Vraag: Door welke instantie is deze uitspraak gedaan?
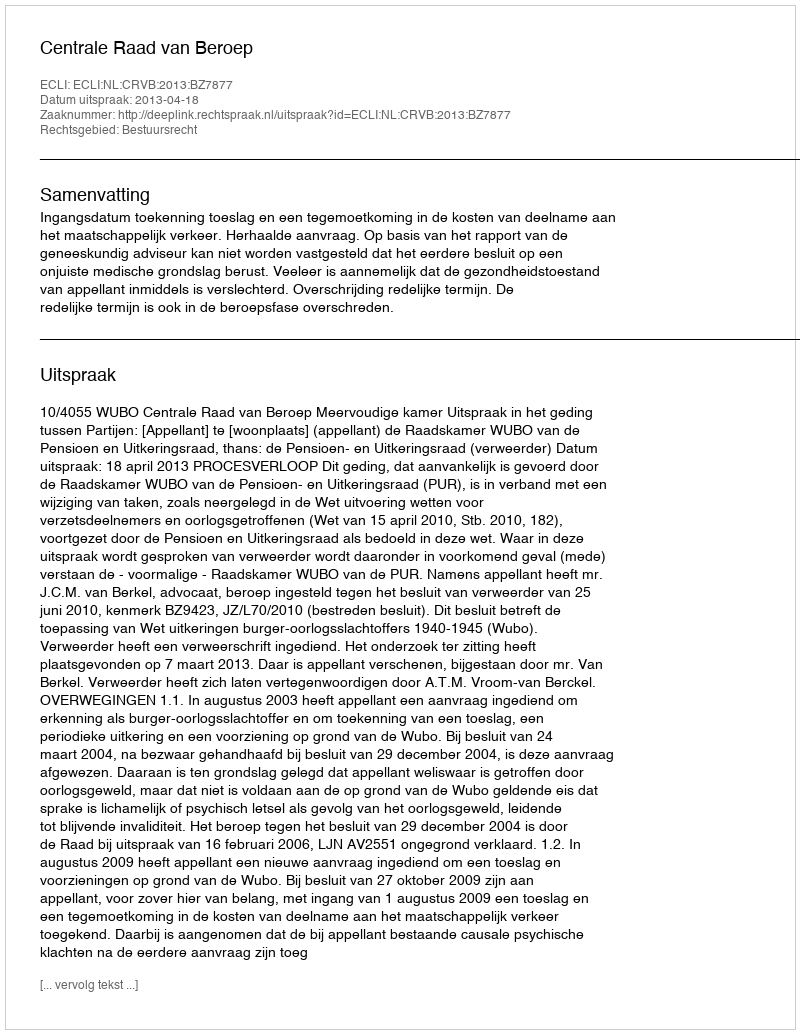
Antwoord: Centrale Raad van Beroep